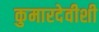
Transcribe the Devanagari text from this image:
कुमारदेवीशी